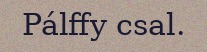
Pálffy csal.